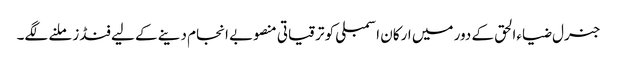
جنرل ضیاءالحق کے دور میں ارکان اسمبلی کو ترقیاتی منصوبے انجام دینے کے لیے فنڈز ملنے لگے۔